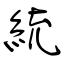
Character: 統